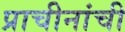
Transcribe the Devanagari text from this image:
प्राचीनांची